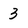
Character: 3